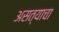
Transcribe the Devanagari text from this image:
असत्याचा